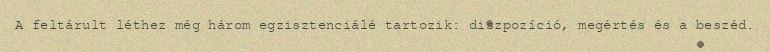
A feltárult léthez még három egzisztenciálé tartozik: diszpozíció, megértés és a beszéd.